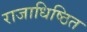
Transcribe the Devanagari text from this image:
राजाधिष्ठित